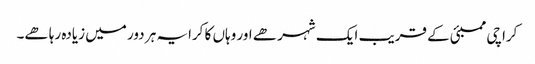
کراچی ممبئی کے قریب ایک شہر ھے اور وہاں کا کرایہ ہر دور میں زیادہ رہا ھے۔